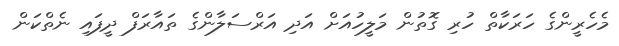
މެހެރީންގެ ހަރަކާތް ހުރި ގޮތުން މަލީހުއަށް އަދި އަރްސަލާންގެ ތައާރަފް ދީފައި ނެތްކަން